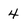
Character: 4